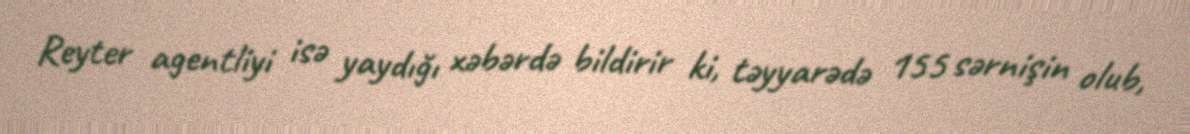
Reyter agentliyi isə yaydığı xəbərdə bildirir ki, təyyarədə 155 sərnişin olub,